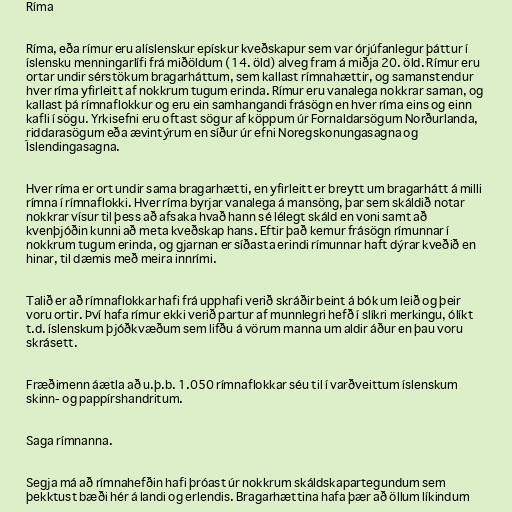
Ríma

Ríma, eða rímur eru alíslenskur epískur kveðskapur sem var órjúfanlegur þáttur í
íslensku menningarlífi frá miðöldum (14. öld) alveg fram á miðja 20. öld. Rímur eru
ortar undir sérstökum bragarháttum, sem kallast rímnahættir, og samanstendur
hver ríma yfirleitt af nokkrum tugum erinda. Rímur eru vanalega nokkrar saman, og
kallast þá rímnaflokkur og eru ein samhangandi frásögn en hver ríma eins og einn
kafli í sögu. Yrkisefni eru oftast sögur af köppum úr Fornaldarsögum Norðurlanda,
riddarasögum eða ævintýrum en síður úr efni Noregskonungasagna og
Íslendingasagna.

Hver ríma er ort undir sama bragarhætti, en yfirleitt er breytt um bragarhátt á milli
rímna í rímnaflokki. Hver ríma byrjar vanalega á mansöng, þar sem skáldið notar
nokkrar vísur til þess að afsaka hvað hann sé lélegt skáld en voni samt að
kvenþjóðin kunni að meta kveðskap hans. Eftir það kemur frásögn rímunnar í
nokkrum tugum erinda, og gjarnan er síðasta erindi rímunnar haft dýrar kveðið en
hinar, til dæmis með meira innrími.

Talið er að rímnaflokkar hafi frá upphafi verið skráðir beint á bók um leið og þeir
voru ortir. Því hafa rímur ekki verið partur af munnlegri hefð í slíkri merkingu, ólíkt
t.d. íslenskum þjóðkvæðum sem lifðu á vörum manna um aldir áður en þau voru
skrásett.

Fræðimenn áætla að u.þ.b. 1.050 rímnaflokkar séu til í varðveittum íslenskum
skinn- og pappírshandritum.

Saga rímnanna.

Segja má að rímnahefðin hafi þróast úr nokkrum skáldskapartegundum sem
þekktust bæði hér á landi og erlendis. Bragarhættina hafa þær að öllum líkindum